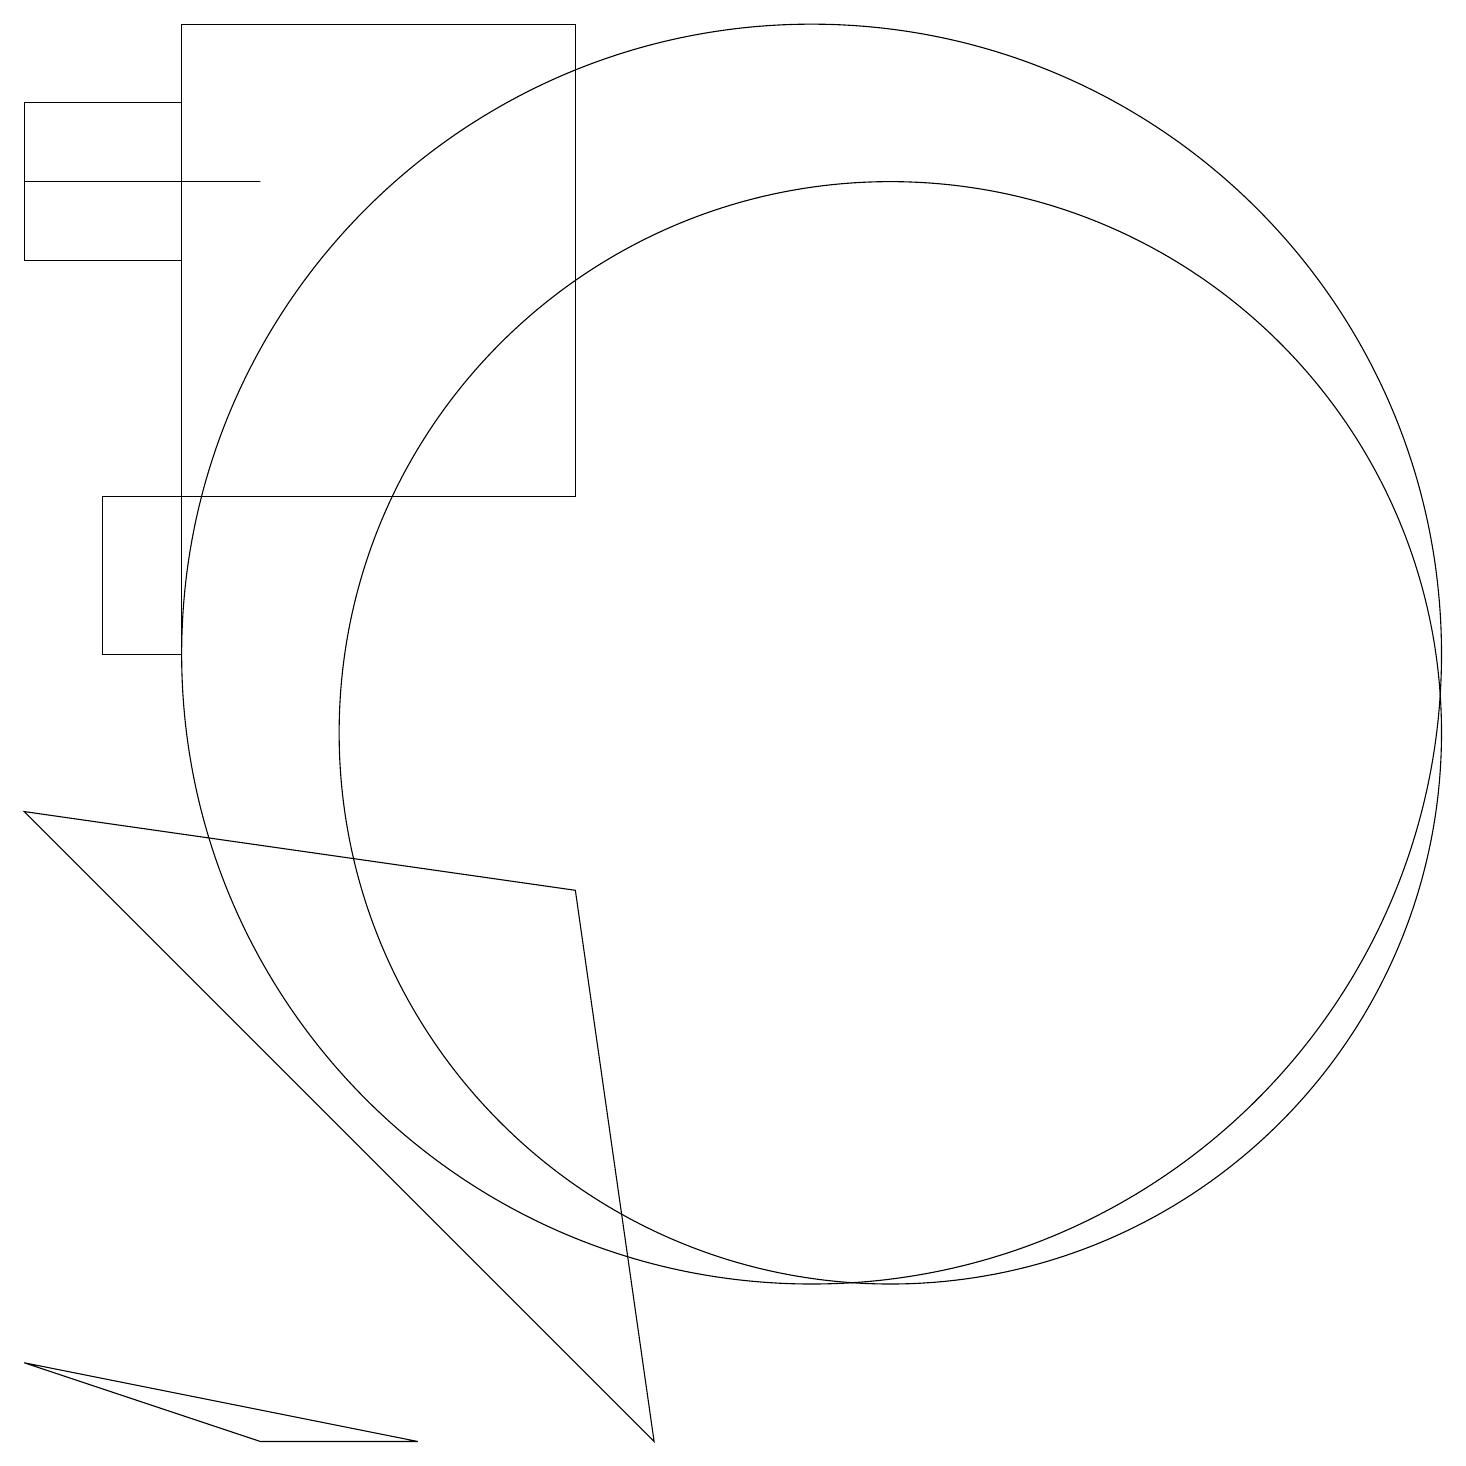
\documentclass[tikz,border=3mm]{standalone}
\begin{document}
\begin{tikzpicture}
\draw (10,11) circle (8);
\draw (1,13) rectangle (2,11);
\draw (5,1) -- (3,1) -- (0,2) -- cycle;
\draw (2,13) rectangle (7,19);
\draw (11,10) circle (7);
\draw (8,1) -- (7,8) -- (0,9) -- cycle;
\draw (3,17) rectangle (0,17);
\draw (0,16) rectangle (2,18);
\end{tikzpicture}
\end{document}